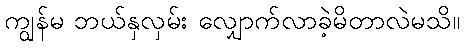
ကျွန်မ ဘယ်နှလှမ်း လျှောက်လာခဲ့မိတာလဲမသိ။